Vital statistics of India. Vol. IV, Annual returns from 1871 to 1876. British Army of India, Native Army and jails of Bengal
Year: 1871
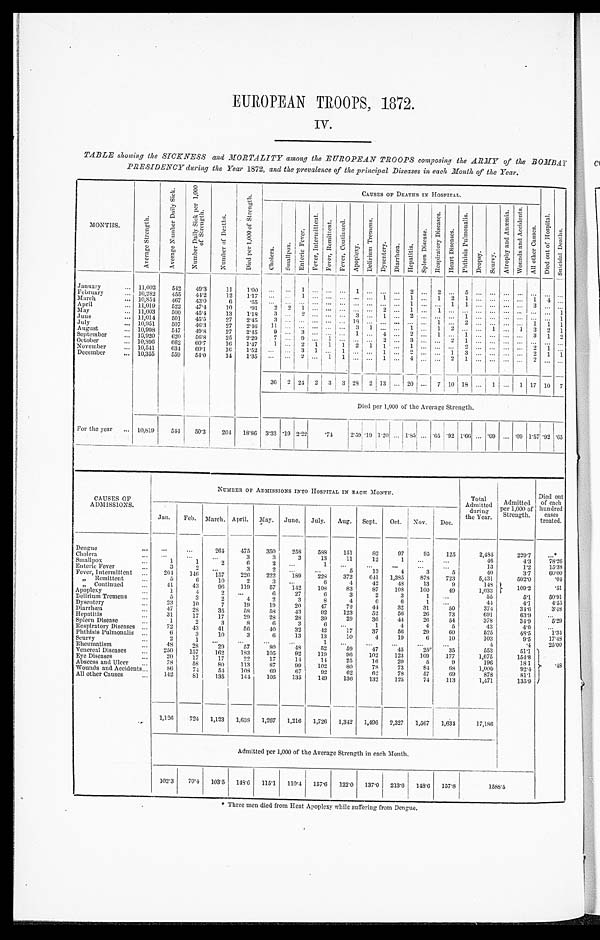
EUROPEAN TROOPS, 1872.
TABLE showing the SICKNESS and MORTALITY among the EUROPEAN TROOPS composing the ARMY of the BOMBAY
PRESIDENCY during the Year 1872, and the prevalence of the principal Diseases in each Month of the Year.
MONTHS.
A v e r a g e S t r e n g t h .
A v e r a g e N u m b e r D a i l y S i c k .
N u m b e r D a i l y S i c k p e r 1 , 0 0 0 o f S t r e n g t h .
N u m b e r o f D e a t h s .
D i e d p e r 1 , 0 0 0 o f S t r e n g t h .
CAUSES OF DEATHS IN HOSPITAL.
D i e d o u t o f H o s p i t a l . S u i c i d a l D e a t h s .
Cholera.
S m a l l p o x .
E n t e r i c F e v e r .
F e v e r , I n t e r m i t t e n t . F e v e r , R e m i t t e n t . F e v e r , C o n t i n u e d .
Apoplexy.
D e l i r i u m T r e m e n s .
D y s e n t e r y .
Diarrhœa.
H e p a t i t i s .
S p l e e n D i s e a s e .
R e s p i r a t o r y D i s e a s e s .
H e a r t D i s e a s e s . P h t h i s i s P u l m o n a l i s .
D r o p s y . S c u r v y .
A t r o p h y a n d A n æ m i a . W o u n d s a n d A c c i d e n t s .
A l l o t h e r C a u s e s .
January
... 11,002
542
49.3
11
1.00
...
... 1 ...
......
1 .........
2 ...
2 ...
5 .........
... ... ...
...
February
... 10,282
455
41.2
12
1 . 1 7 ... ...
1 .........
. . .
...
1 ...
1 ...
1
2
1 ............
1
4 ...
March
... 10,854
467
43.0
6
. 5 5
...
. . .
.........
. . .
...
. . .
...
1 ......
1
1 ............
3 ......
April
... 11,019
522
47.4
10
. 9 1
2
2
1 .........
. . .
...
2 ...
1 ...
1 ...
. . .
.................. 1
May
... 11,003
500
45.4
13
1 . 1 8
3 ...
2 .........
3 ...
1 ...
2 .........
1 .................. 1
June
... 11,014
501
45.5
27
2.45
3 ...
. . .
.........
1 8
...
. . .
.........
1 ...
2 ............
1
1 1
July
... 10,951
507
4 6 . 3
27
2 . 4 6 11 ...
. . .
.........
3
1
. . .
...
1 ...
1
2
. . .
...
1 ...
1
3
2 1
August
... 10,998
547
49.8
27
2 . 4 5
9 ...
3 .........
1
. . .
4 ...
2 ...
1 ...
1 ............
3
1 2
September
... 10,920
620
56.8
2 5
2 . 2 9
7 ...
9 ...
1 ...
. . .
. . .
2 ...
3 ......
2
1 .....................
October
...
1 0 , 8 9 6
662
6 0 . 7
16
1 . 4 7
1 ...
2
1
1
1
2
1
1 ...
1 .........
2 ............
2
1 ...
November
...
1 0 , 5 4 1
634
60.1
16
1.52 ... ...
3
1 ...
1 ......
1 ...
2 ......
1 3 ............
2
1 1
December
.. 10,355
559
5 4 . 0
14
1.35 ... ... 2 ... 1 1 ... ... 1 ... 4 ......
2
1 ............
2 ......
36 2 24 2 3
3 28 2 13 ... 20 ... 7 10 18 ... 1 ... 1 17 10 7
Died per 1,000 of the Average Strength.
For the year ... 10,819
544
5 0 . 3
204 18.86 3.33 .19 2.22
.74
2 . 5 9 . 1 9 1 . 2 0 ...
1 . 8 5 ... .65 .92
1 . 6 6 ... .09 ...
. 0 9
1 . 5 7
. 9 2 . 6 5
CAUSES OF
ADMISS1ONS.
NUMBER OF ADMISSIONS INTO HOSPITAL IN EACH MONTH.
Total
Admitted
during
the Year.
Admitted
per 1000 of
Strength.
Died out
of each
hundred cases
treated.
Jan.
Feb. March. April. May. June. July.
Aug. Sept.
Oct.
Nov.
Dec.
Dengue
...
. . .
...
2 6 4
475
350
258
588
151
82
97
95
125
2,485
229.7
...
Cholera
...
...
...
...
3
3
3
13
11
12
1
...
...
46
4.3
78.26
Smallpox...
1
1
2
6
2 ...
1
...
...
...
...
...
13
1.2
15.39
Enteric Fever
...
3
2
...
3
2 ...
...
5
13
4
3
5
40
3.7
60.00
Fever, Intermittent
264
146
157
2 2 6
222
189
228
372
641
1,385
878
723
5,431
5 0 2 . 0
. 0 4
Remittent
...
5
6
10
2
3
...
6
4
42
48
13
9
1 4 8
109.2
.51
„ Continued ...
41
43
96
119
57
142
108
83
87
108
100
49
1,033
Apoplexy...
1
4
2 ...
6
27
6
3
2
3
1 ...
55
5.1
50.91
Delirium Tremens
...
5
3
2
4
2
3
8
4
6
6
1
...
44
4.1
4.55
Dysentery ...
23
10
7
19
19
20
47
72
44
32
31
50
374
34.6
3.48
Diarrhœa...
47
28
35
58
58
43
92
123
52
56
26
73
691
6 3 . 9
...
Hepatitis ...
31
17
17
29
28
28
39
29
36
4 4
26
54
378
34.9
5.29
Spleen Disease
...
1
2
3
8
6
3
6
. . .
1
4
4
5
43
4.0
...
Respiratory Diseases ...
72
43
41
56
40
32
42
17
37
56
29
60
525
48.5
1.34
Phthisis Pulmonalis
6
3
10
3
6
13
13
10
4
19
6
10
103
9.5
17.49
Scurvy...
2
1
...
...
...
...
1
...
...
...
...
...
4
.4
25.00
Rheumatism
...
48
28
29
57
80
4 8
52
59
47
45
25
35
553
51.1
. 4 8
Venereal Diseases
...
250
157
162
183
105
92
119
96
102
123
109
177
1,675
154.8
Eye Diseases
.
..
20
17
17
22
17
14
14
25
16
20
5
9
196
18.1
Abscess and Ulcer
...
78
58
80
113
87
99
102
80
78
73
84
68
1,000
92.4
Wounds and Accidents...
86
74
54
108
69
67
92
62
62
78
57
69
878
81.1
All other Causes
142
81
135
144
105
135
149
136
132
125
74
113
1,471
135.9
1,126
724 1,123
1,638 1,267
1,216
1,726
1,342
1,496
2,327
1,567
1,634
17,186
Admitted per 1,000 of the Average Strength in each Month.
102.3
70.4 103.5
1 4 8 . 6 115.1
110.4
157.6
122.0
137.0
213.6 148.6
157.8
1588.5
•
* Three men died from Heat Apoplexy while suffering from Dengue.